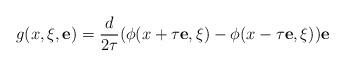
LaTeX: \begin{align*}g(x, \xi, \mathbf{e}) = \frac{d}{2\tau}(\phi(x + \tau \mathbf{e}, \xi) - \phi(x - \tau \mathbf{e}, \xi)) \mathbf{e}\end{align*}